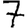
Digit: 7